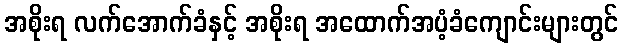
အစိုးရ လက်အောက်ခံနှင့် အစိုးရ အထောက်အပံ့ခံကျောင်းများတွင်